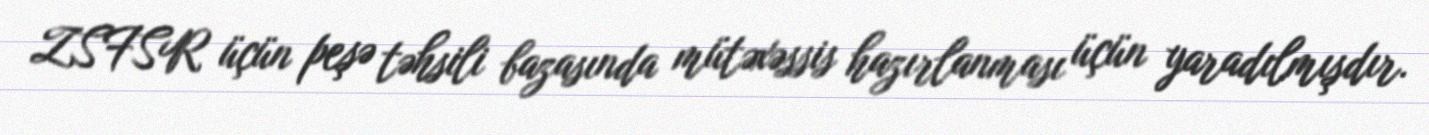
ZSFSR üçün peşə təhsili bazasında mütəxəssis hazırlanması üçün yaradılmışdır.